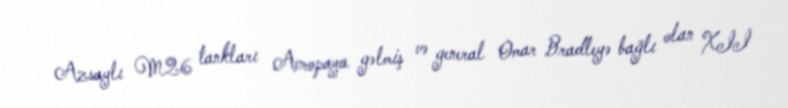
Azsaylı M26 tankları Avropaya gəlmiş və general Omar Bradleyə bağlı olan XII